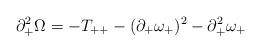
LaTeX: \begin{align*}\partial_+^2\Omega=-T_{++}-(\partial_+\omega_{+})^2 -\partial_+^2\omega_{+}\end{align*}